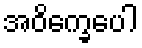
အဝိက္ခေပေါ